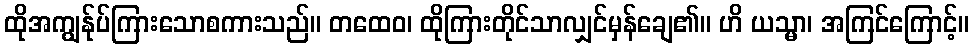
ထိုအကျွန်ုပ်ကြားသောစကားသည်။ တထေဝ၊ ထိုကြားတိုင်သာလျှင်မှန်ချေ၏။ ဟိ ယသ္မာ၊ အကြင်ကြောင့်။